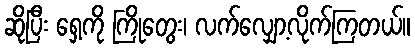
ဆိုပြီး ရှေ့ကို ကြိုတွေး၊ လက်လျှော့လိုက်ကြတယ်။